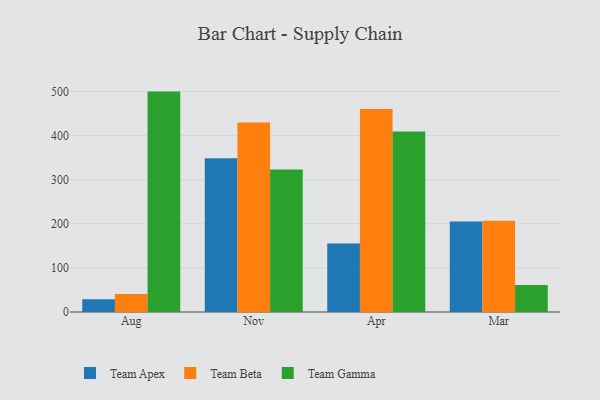
{"axis": {"x": "Month", "y": "Market Share (%)"}, "legend": ["Team Apex", "Team Beta", "Team Gamma"], "data": [{"x": "Aug", "y": 29.0, "type": "Team Apex"}, {"x": "Aug", "y": 41.0, "type": "Team Beta"}, {"x": "Aug", "y": 499.5, "type": "Team Gamma"}, {"x": "Nov", "y": 348.7, "type": "Team Apex"}, {"x": "Nov", "y": 429.4, "type": "Team Beta"}, {"x": "Nov", "y": 322.8, "type": "Team Gamma"}, {"x": "Apr", "y": 155.3, "type": "Team Apex"}, {"x": "Apr", "y": 460.0, "type": "Team Beta"}, {"x": "Apr", "y": 408.9, "type": "Team Gamma"}, {"x": "Mar", "y": 205.0, "type": "Team Apex"}, {"x": "Mar", "y": 206.9, "type": "Team Beta"}, {"x": "Mar", "y": 61.2, "type": "Team Gamma"}]}